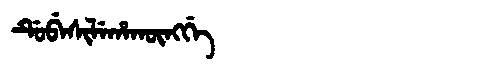
Manchu: ᡩᡠᠪᡝᠰᡳᠯᡝᡥᠠᡴᡡᠩᡤᡝ
Romanization: DUBESILEHAKŪNGGE